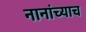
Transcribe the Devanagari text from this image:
नानांच्याच